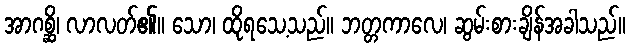
အာဂစ္ဆိ၊ လာလတ်၏။ သော၊ ထိုရသေ့သည်။ ဘတ္တကာလေ၊ ဆွမ်းစားချိန်အခါသည်။